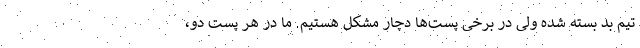
تیم بد بسته شده ولی در برخی پست‌ها دچار مشکل هستیم. ما در هر پست دو،